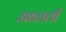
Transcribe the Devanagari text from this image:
उकलली